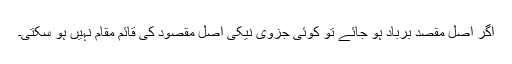
اگر اصل مقصد برباد ہو جائے تو کوئی جزوی نیکی اصل مقصود کی قائم مقام نہیں ہو سکتی۔